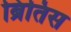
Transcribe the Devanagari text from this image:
ब्रितिस